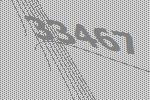
33467